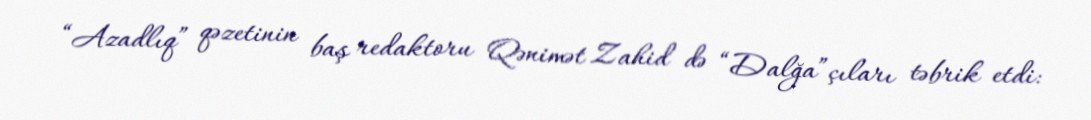
“Azadlıq” qəzetinin baş redaktoru Qənimət Zahid də “Dalğa”çıları təbrik etdi: